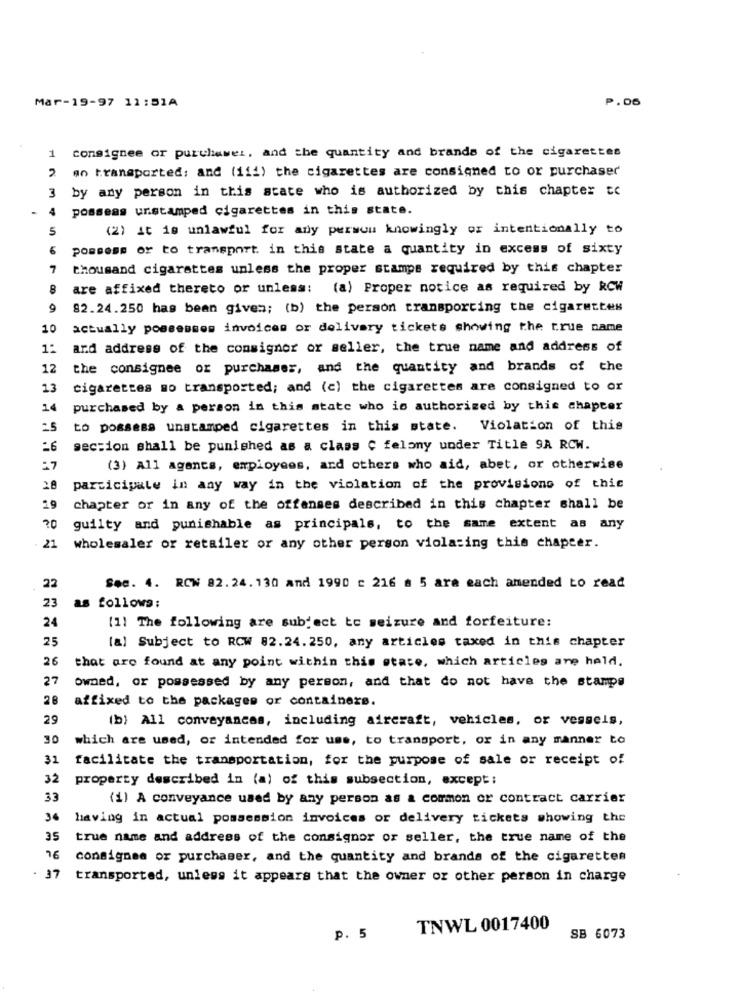
Mar-19-97 11:51A
P.06
consignee or purchaser, and the quantity and brands of the cigarettes
1
2
an transported; and (iii) the cigarettes are consigned to or purchaser
3
by any person in this state who is authorized by this chapter to
4
posseas unstamped cigarettes in this state.
5
(2) it is unlawful for any person knowingly or intentionally to
6
possess or to transport. in this state a quantity in excess of sixty
7
thousand cigarettes unless the proper stamps required by this chapter
8
are affixed thereto or unless: (a) Proper notice as required by RCW
9
82.24.250 has been given; (b) the person transporting the cigarettes
10
actually possesses invoices or delivery tickets showing the true name
1.
and address of the consignor or seller, the true name and address of
12
the consignee or purchases, and the quantity and brands of the
13
cigarettes mo transported; and (c) the cigarettes are consigned to or
purchased by a person in this state who is authorized by this chapter
25
to possess unstamped cigarettes in this state. Violation of this
-6
section shall be punished as a class C felony under Title 9A RCW.
(3) All agents, employees, and others who aid, abet, or otherwise
28
participate in any way in the violation of the provisions of this
19
chapter or in any of the offenses described in this chapter shall be
20
guilty and punishable as principals, to the same extent as any
21
wholesaler or retailer or any other person violating this chapter.
22
See. 4. ROW 82.24. 130 and 1990 : 216 a 5 ara each amended to read
23
as follows:
24
[1] The following are subject to seizure and forfeiture:
25
[a] Subject to RCW 82.24.250, any articles taxed in this chapter
26
that are found at any point within this state, which articles are held.
27
Owned, or possessed by any person, and that do not have the stampa
28
affixed to the packages or containers.
29
(b) All conveyancas, including aircraft, vehicles, or vessels,
30
which are used, or intended for use, to transport, or in any manner to
31
facilitate the transportation, for the purpose of sale or receipt of
32
property described in (a) of this subsection, except;
33
(1) A conveyance used by any person as a common or contract carrier
36
having in actual possession invoices or delivery tickets showing the
35
true name and address of the consignor or seller, the true name of the
76
consignee or purchaser, and the quantity and brands of the cigarettes
. 37
transported, unless it appears that the owner or other person in charge
TNWL 0017400
p. 5
SB 6073